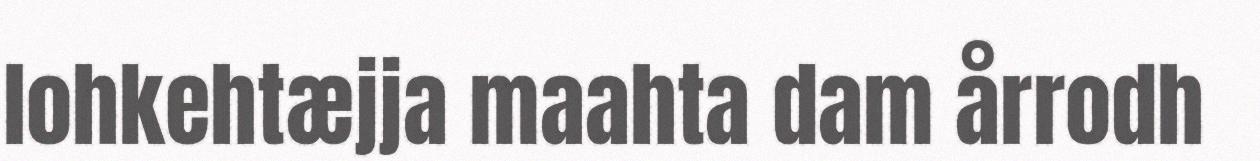
lohkehtæjja maahta dam årrodh